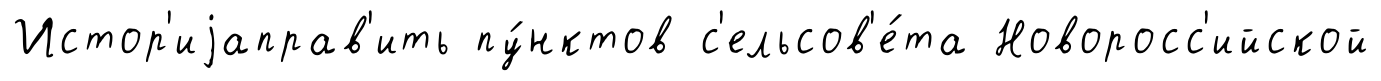
Истор'иjаправ'ить пу́нктов с'ельсов'е́та Новоросс'ийской